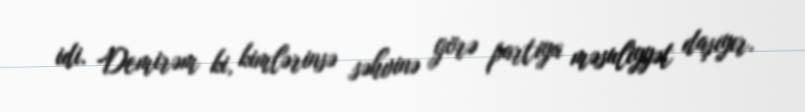
idi. Demirəm ki, kimlərinsə səhvinə görə partiya məsuliyyət daşıyır.